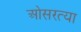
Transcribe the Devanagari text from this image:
ओसरत्या